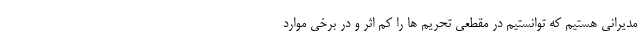
مدیرانی هستیم که توانستیم در مقطعی تحریم ها را کم اثر و در برخی موارد